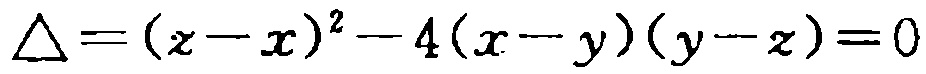
\(\Delta=(z - x)^2 - 4(x - y)(y - z)=0\)